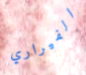
الفيراري